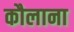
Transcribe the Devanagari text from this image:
कौलाना